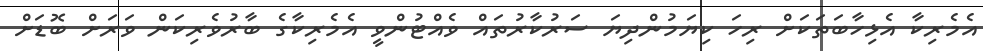
އެމެރިކާ އެޅިހާބަތަކަށް ރިހަ ކިޔަމުންދިޔަ ސަރުކާރުތައް ވެއްޓުންވީ އެމެރިކާގެ ބާރުވެރިކަން ވަރަށް ބޮޑަށް